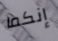
إنكما